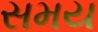
સમય